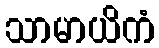
သာမာယိကံ